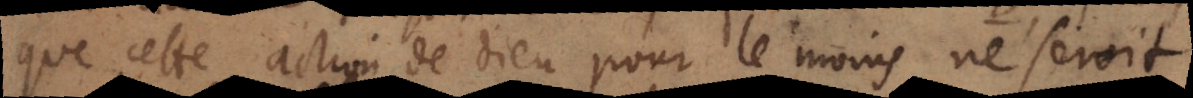
que cette action de Dieu pour le moins ne seroit